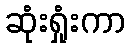
ဆုံးရှုံးကာ